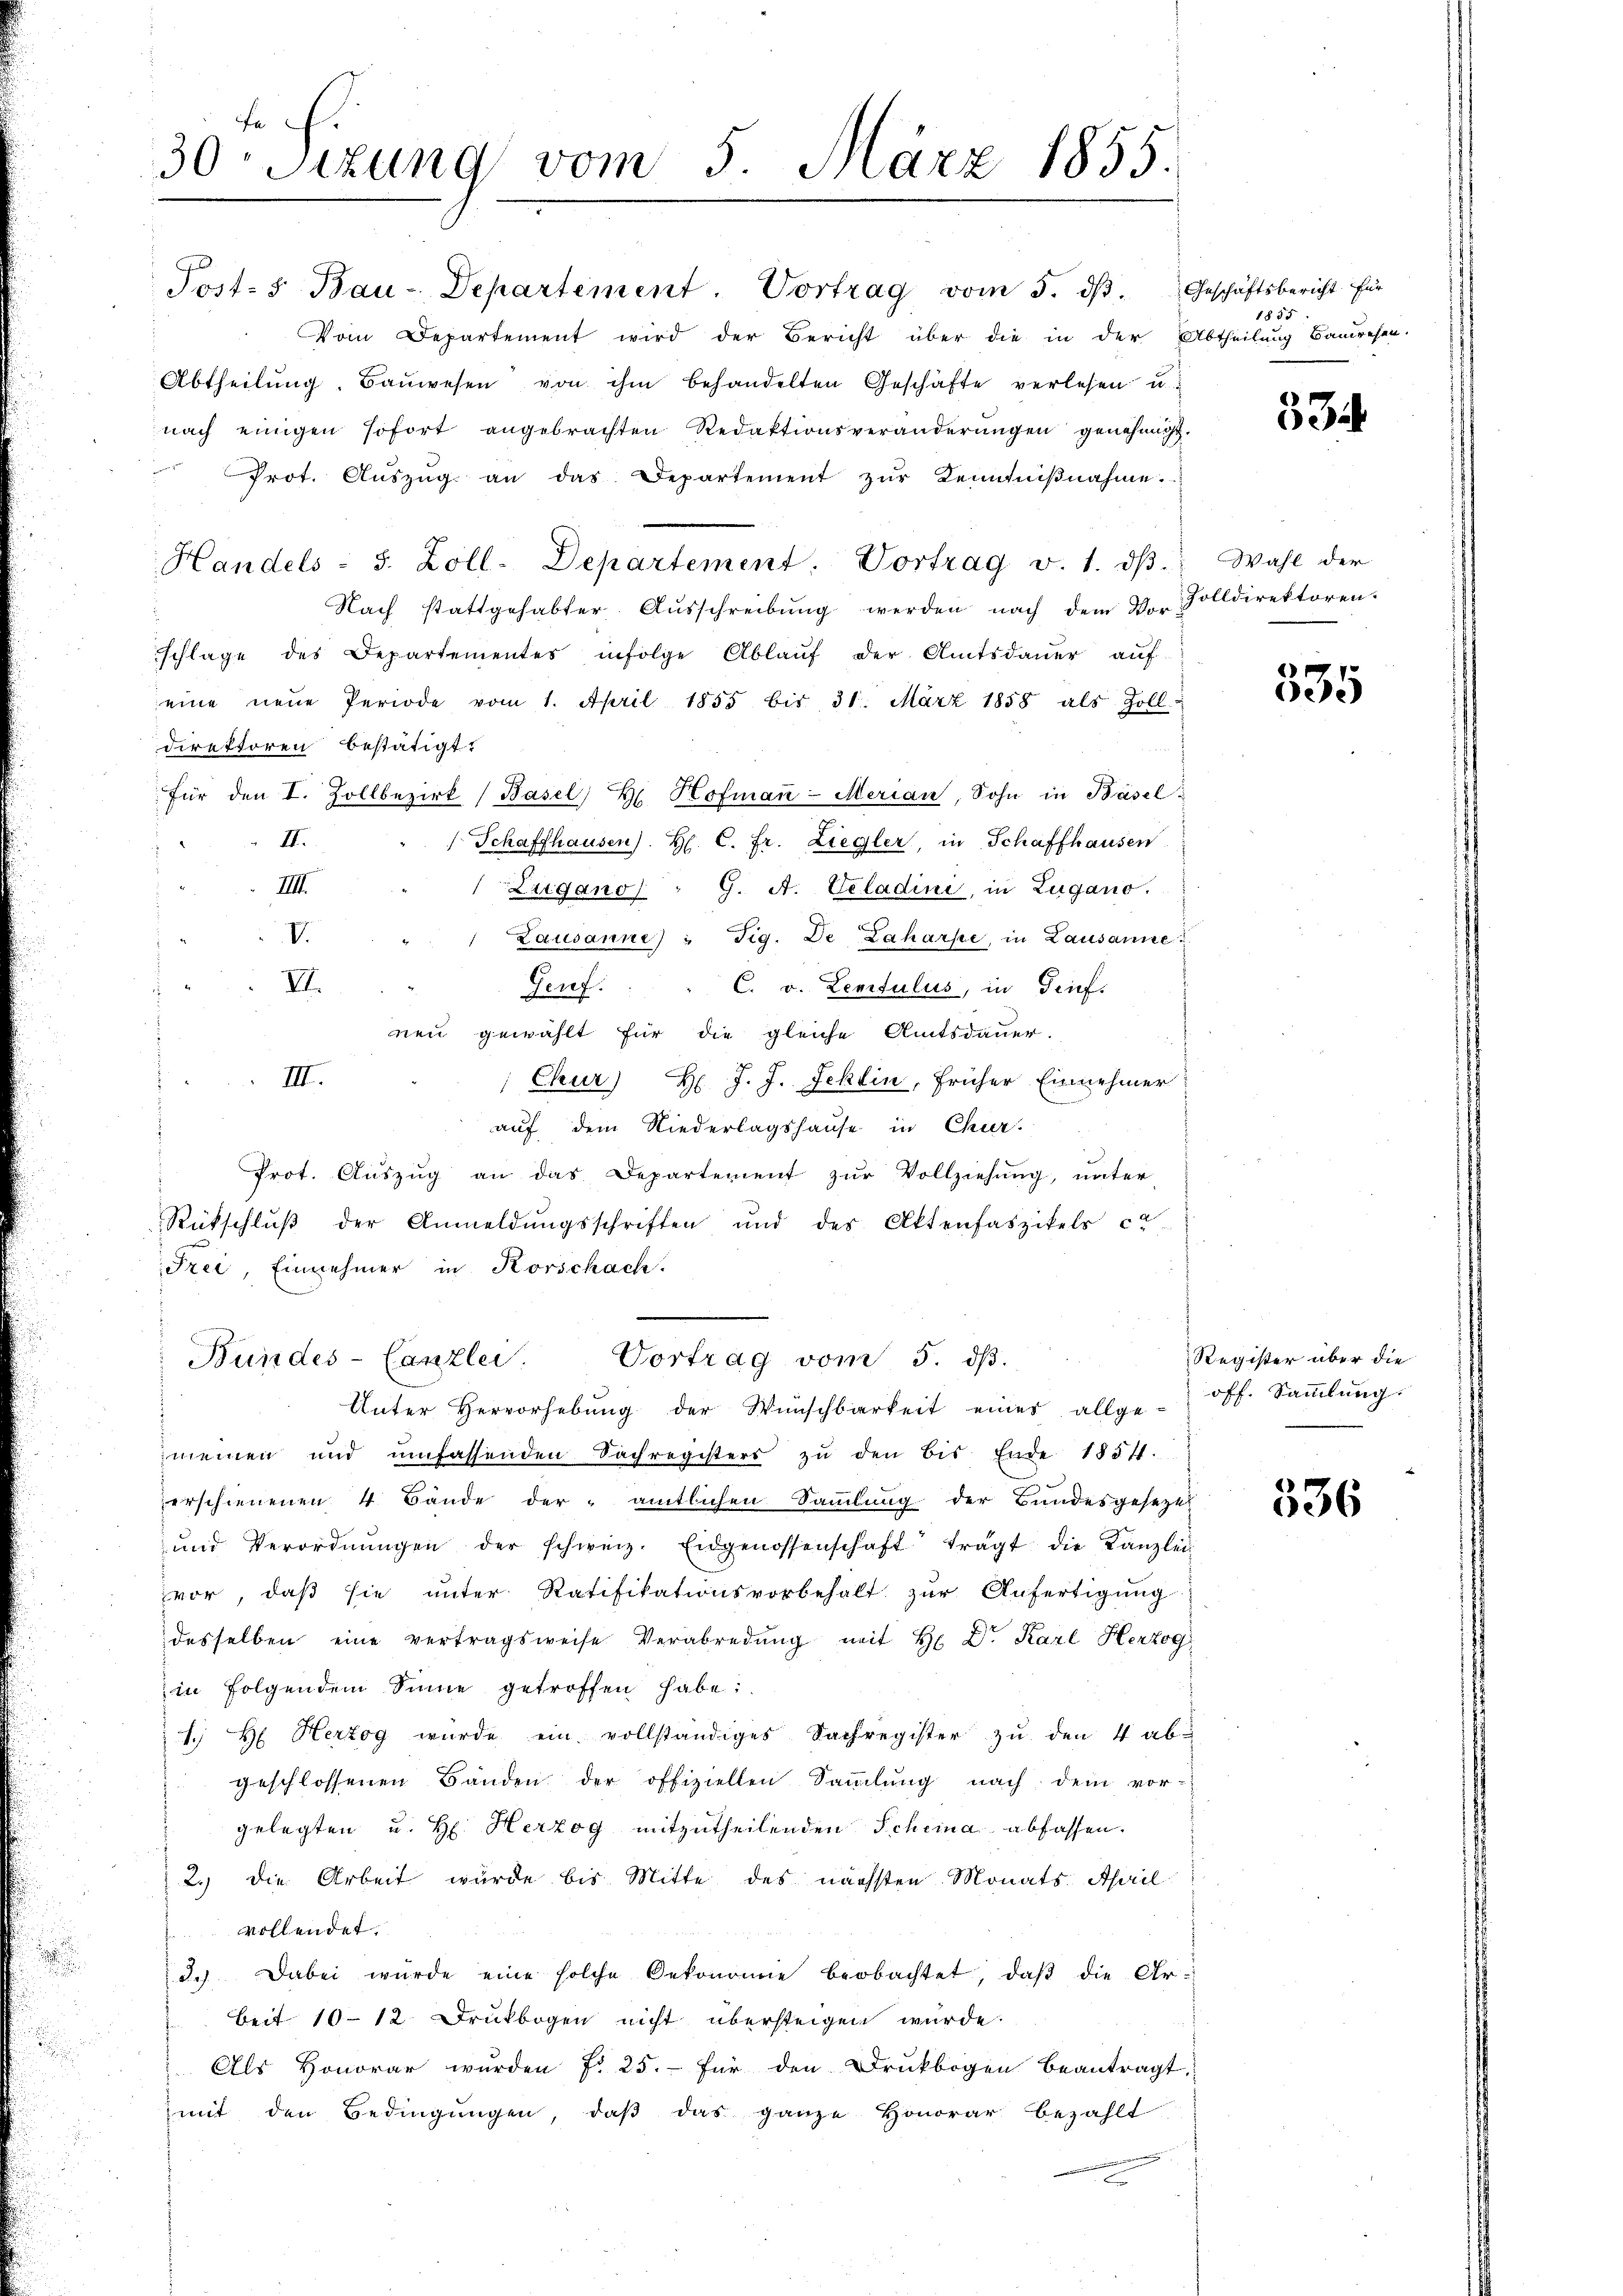
Vom Departement wird der Bericht über die in der Abtheilung Bauwesen.
Abtheilung. Baŭwesen von ihm behandelten Geschäfte verlesen u.
nach einigen sofort angebrachten Redaktionsveränderungen genehmigt.
Prot. Aŭszŭg an das Departement zŭr Kenntniβnahme.
Handels - 5. Zoll-Departement. Vortrag v. 1. dβ.
Nach stattgehabter Aŭsschreibŭng werden nach dem Vor Zolldirektoren.
schlage des Departementes infolge Ablaŭf der Amtsdaŭer aŭf-
eine neue Periode vom 1. April 1855 bis 31. März 1858 als Zolldirektoren bestätigt.
für den I. Zollbezirk (Basel d Hofmaṅ-Merian, Sohn in Basel
II.
 Schaffhausen). H. C. Fr. Ziegler, in Schaffhausen
IIII.
Zugano : 9. A. Veladini, in Zugano.
V
 Lausanne) " Fig. De Zahare in Lausanne
VI.
Genf. " C. v. Lenitulus, in Brief.
s
neu gewählt für die gleiche Amtsdauer.
III.
Chur) H. J. J. Jehlin, früher Einnehmer
auf dem Niederlagshause in Chur-
Prot. Auszug an das Departement zur Vollziehung, unter-
Rückschluß der Anmeldungsschriften und des Aktenfaszikels ca
Frei, Einnehmer in Korschach.
Bundes-Canzlei. Vortrag vom 5. dβ.
Unter Hervorhebŭng der Wünschbarkeit eines allge-
meinen und umfassenden Sachregisters zŭ den bis Ende 1851.
erschienenen 4 Bände der amtlichen Sammlung der Bundesgesezt
und Verordnŭngen der schweiz. Eidgenossenschaft trägt die Kanzlei
vor, daß sie unter Ratifikationsvorbehalt zur Anfertigung
desselben eine vertragsweise Verabredung mit H. Dr. Karl Herzog
in Folgendem Sinne getroffen habe:
1. H. Herzog wurde ein vollständiges Sachregister zŭ den 4 ab-
geschlossenen Bänden der offiziellen Sammlung nach dem vor-
gelegten u. H. Herzog mitzutheilenden Schema abfassen.
2.) Die Arbeit wurde bis Mitte des nächsten Monats April
vollendet.
d.) Dabei würde eine solche Oekonomie beobachtet, daβ die Ar-
beit 10-12 Druckbogen nicht übersteigen würde.
Als Honorar wurden f. 25. für den Druckbogen beantragt.
mit den Bedingŭngen, daβ das ganze Honorar bezahlt

te .
30 Sizung vom 5. März 1855.

Post- u Bau-Departement. Vortrag vom 5. dβ. Geschäftsbericht für

1855

33

Wahl der

535

Register über die
off. Sammlung.

536